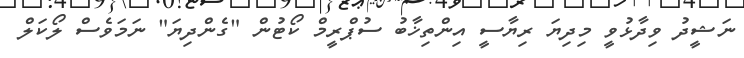
ނަޝީދު ވިދާޅުވީ މިދިޔަ ރިޔާސީ އިންތިޚާބު ސުޕްރީމް ކޯޓުން "ގެންދިޔަ" ނަމަވެސް ލޯކަލް